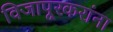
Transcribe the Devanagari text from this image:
विजापूरकरांना